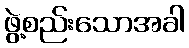
ဖွဲ့စည်းသောအခါ